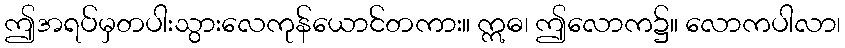
ဤအရပ်မှတပါးသွားလေကုန်ယောင်တကား။ ဣဓ၊ ဤလောက၌။ လောကပါလာ၊